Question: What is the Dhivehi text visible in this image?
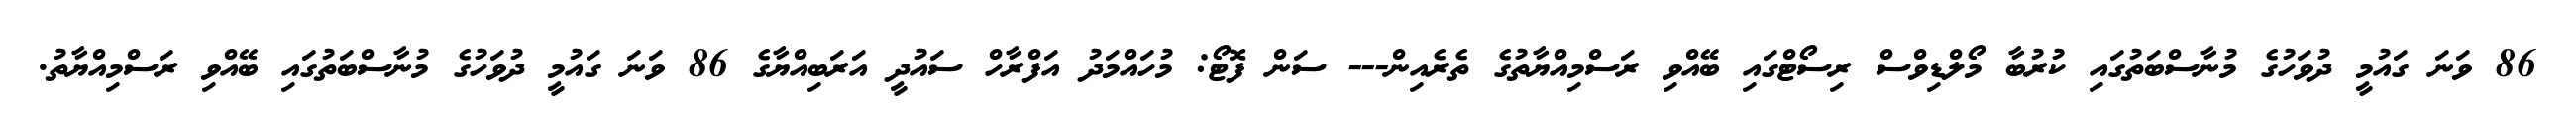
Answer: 86 ވަނަ ގައުމީ ދުވަހުގެ މުނާސްބަތުގައި ކުރުބާ މޯލްޑިވްސް ރިސޯޓްގައި ބޭއްވި ރަސްމިއްޔާތުގެ ތެރެއިން--- ސަން ފޮޓޯ: މުހައްމަދު އަފްރާހް ސައުދީ އަރަބިއްޔާގެ 86 ވަނަ ގައުމީ ދުވަހުގެ މުނާސްބަތުގައި ބޭއްވި ރަސްމިއްޔާތު.